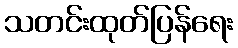
သတင်းထုတ်ပြန်ရေး